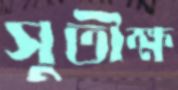
সুতীক্ষ